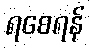
ရစေရန်